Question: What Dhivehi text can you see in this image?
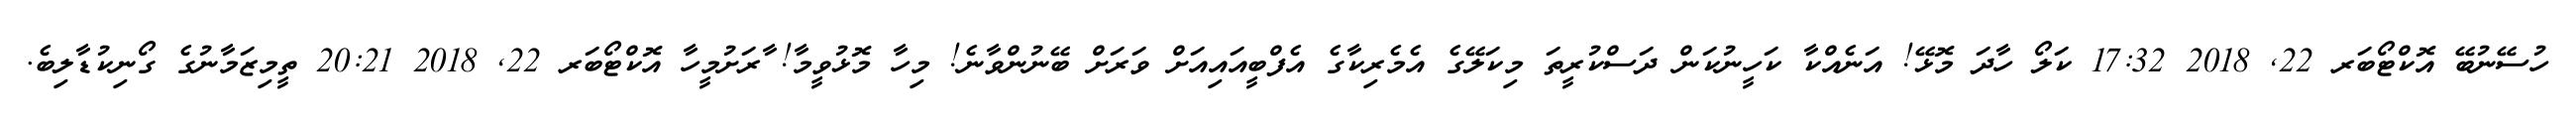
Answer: ހުސޭނުބޭ އޮކްޓޯބަރ 22, 2018 17:32 ކަލޯ ހާދަ މޮޅޭ! އަނެއްކާ ކަހީނުކަން ދަސްކުރީތަ މިކަލޭގެ އެމެރިކާގެ އެފްބީއައިއަށް ވަރަށް ބޭނުންވާނެ! މިހާ މޮޅުވީމާ! ާރަށުމީހާ އޮކްޓޯބަރ 22, 2018 20:21 ތީމިޒަމާނުގެ ގޯނިކުޑާލިބެ.